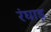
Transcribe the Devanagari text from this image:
रंघाड़